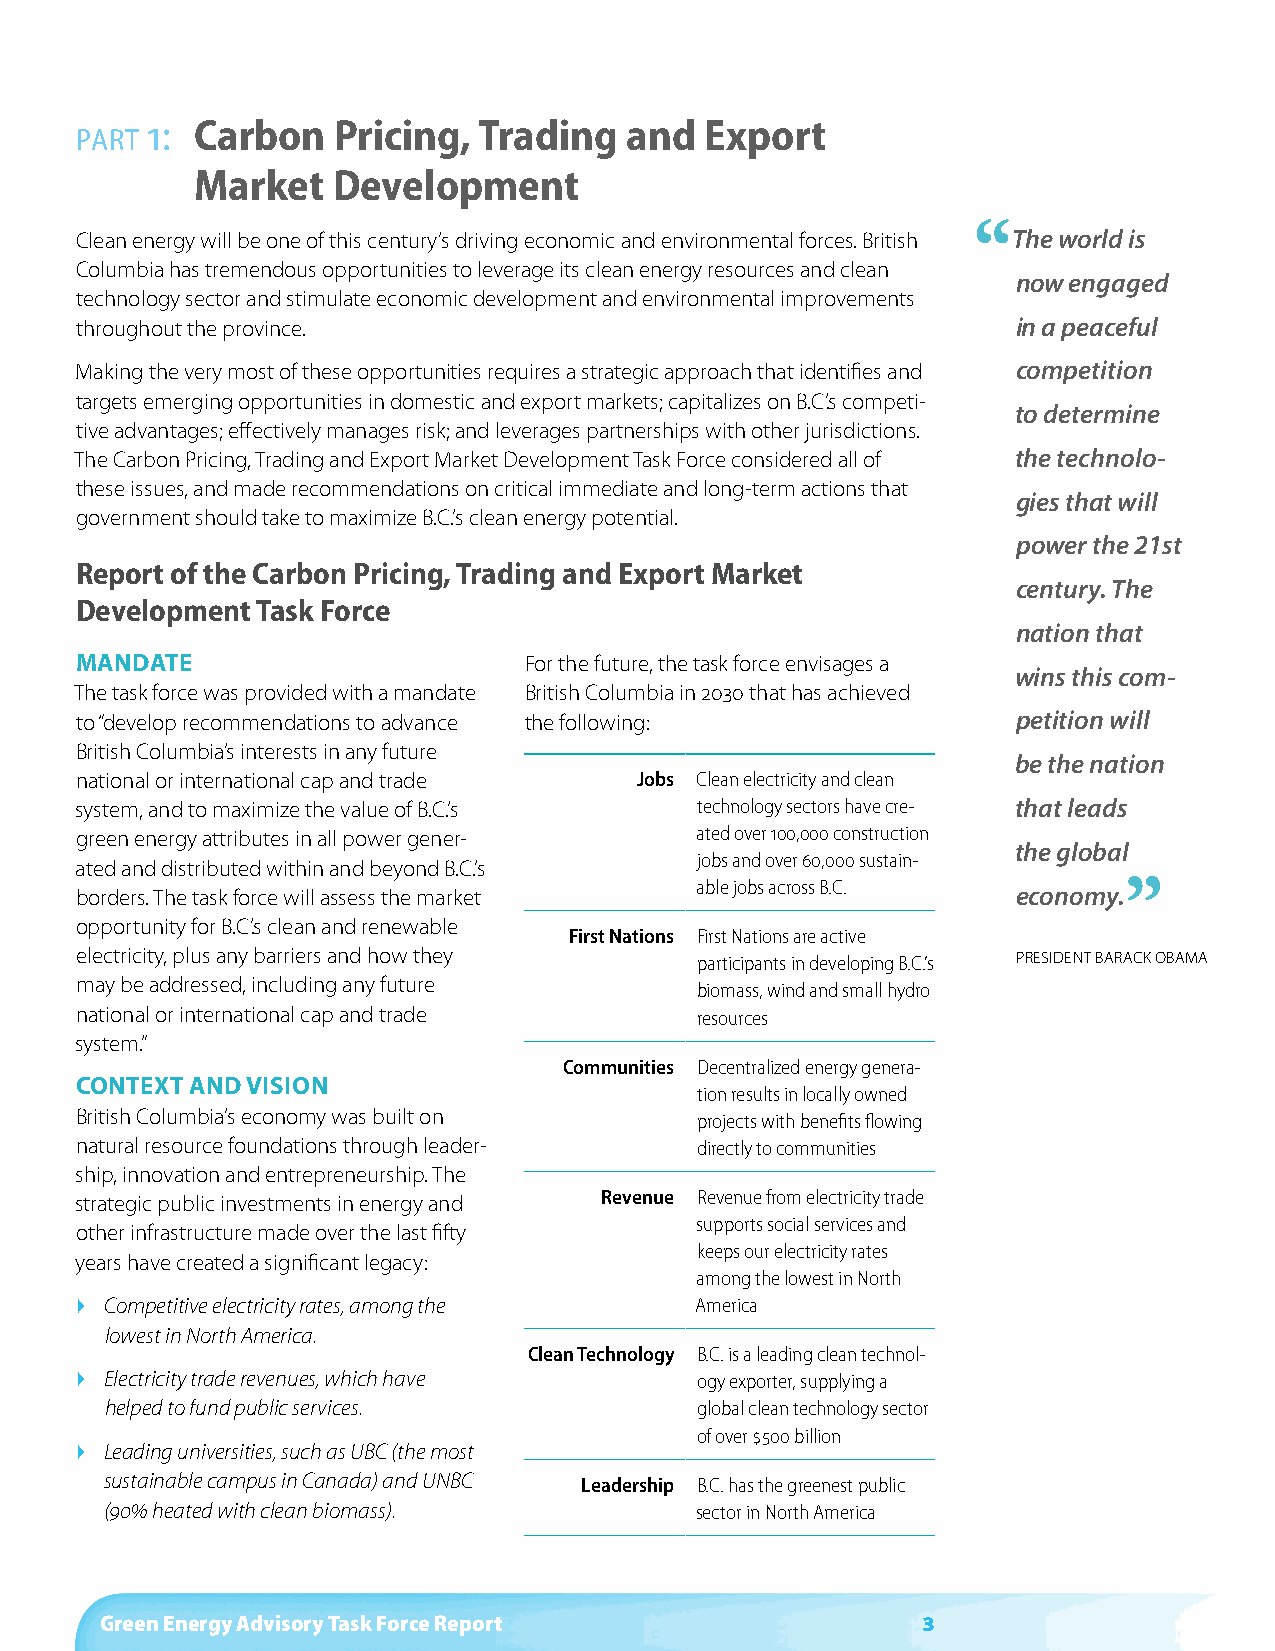
1: Carbon   Pricing,  Trading  and   export
 part
 Market   development
 “
 Clean energy will be one of this century’s driving economic and environmental forces. British The world is
 Columbia has tremendous opportunities to leverage its clean energy resources and clean
 now engaged
 technology sector and stimulate economic development and environmental improvements
 throughout the province.                                      in a peaceful
 Making the very most of these opportunities requires a strategic approach that identifies and competition
 targets emerging opportunities in domestic and export markets; capitalizes on B.C.’s competi-
 to determine
 tive advantages; effectively manages risk; and leverages partnerships with other jurisdictions.
 The Carbon Pricing, Trading and Export Market Development Task Force considered all of the technolo-
 these issues, and made recommendations on critical immediate and long-term actions that
 gies that will
 government should take to maximize B.C.’s clean energy potential.
 power the 21st
 report of the Carbon Pricing, Trading and export Market
 century. The
 development Task Force
 nation that
 Mandate                       For the future, the task force envisages a
 wins this com-
 The task force was provided with a mandate British Columbia in 2030 that has achieved
 to “develop recommendations to advance the following:         petition will
 British Columbia’s interests in any future
 be the nation
 national or international cap and trade Jobs Clean electricity and clean
 system, and to maximize the value of B.C.’s technology sectors have cre- that leads
 green energy attributes in all power gener- ated over 100,000 construction
 the global
 jobs and over 60,000 sustain-
 ated and distributed within and beyond B.C.’s
 borders. The task force will assess the market
 able jobs across B.C. economy.”
 opportunity for B.C.’s clean and renewable
 First Nations First Nations are active
 electricity, plus any barriers and how they participants in developing B.C.’s PRESIDENT BARACk OBAMA
 may be addressed, including any future
 biomass, wind and small hydro
 national or international cap and trade  resources
 system.”
 Communities Decentralized energy genera-
 Context and Vision
 tion results in locally owned
 British Columbia’s economy was built on  projects with benefits flowing
 natural resource foundations through leader- directly to communities
 ship, innovation and entrepreneurship. The
 strategic public investments in energy and Revenue Revenue from electricity trade
 supports social services and
 other infrastructure made over the last fifty
 keeps our electricity rates
 years have created a significant legacy:
 among the lowest in North
  Competitive electricity rates, among the America
 lowest in North America.
 Clean Technology B.C. is a leading clean technol-
  Electricity trade revenues, which have ogy exporter, supplying a
 helped to fund public services.        global clean technology sector
 of over $500 billion
  Leading universities, such as UBC (the most
 sustainable campus in Canada) and UNBC Leadership B.C. has the greenest public
 (90% heated with clean biomass).       sector in North America
 Green Energy Advisory Task Force Report               3